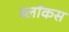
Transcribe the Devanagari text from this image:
ब्लॉकस